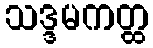
သဒ္ဒမကတ္ထ